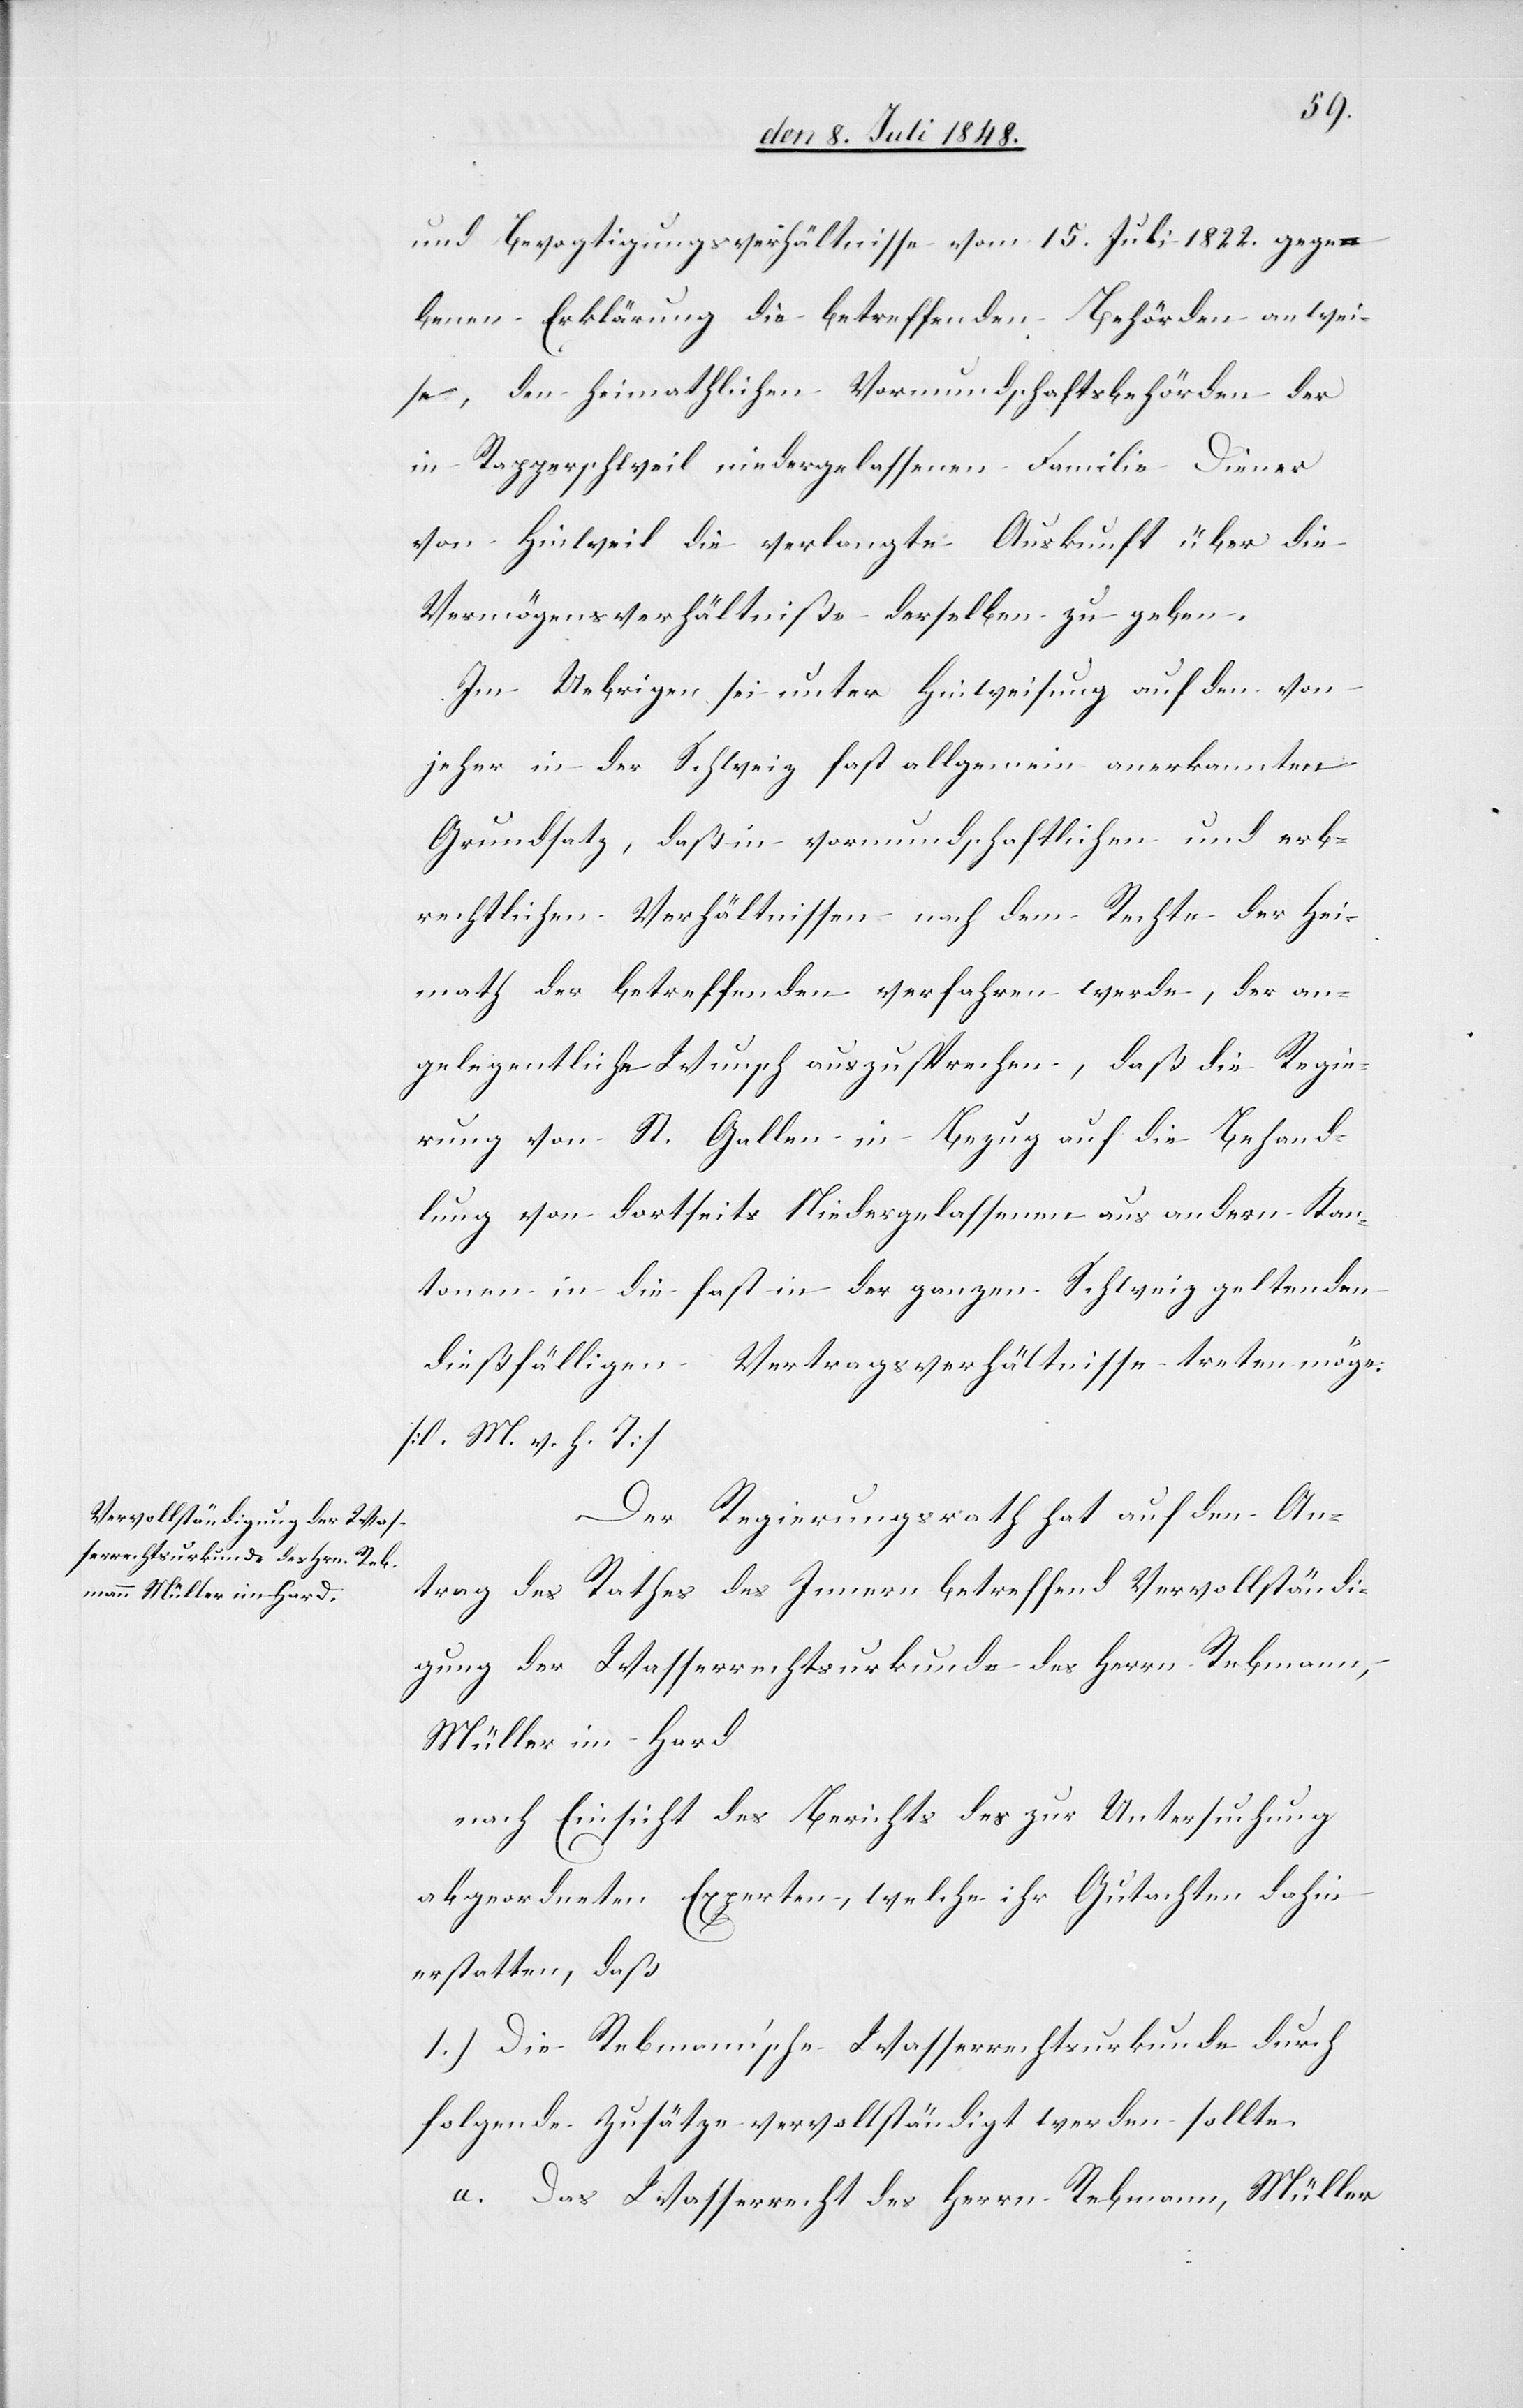
und Bevogtigungsverhältnisse vom 15t Juli 1822. gege¬
benen Erklärung die betreffenden Behörden anwei¬
se, den heimathlichen Vormundschaftsbehörden der
in Rapperschweil niedergelassenen Familie Diener
von Hinweil die verlangte Auskunft über die
Vermögensverhältniße derselben zu geben.
Im Uebrigen sei unter Hinweisung auf den von
jeher in der Schweiz fast allgemein anerkannten
Grundsatz, daß in vormundschaftlichen und erb¬
rechtlichen Verhältnissen nach dem Rechte der Hei¬
math der betreffenden verfahren werde, der an¬
gelegentliche Wunsch auszusprechen, daß die Regie¬
rung von St. Gallen in Bezug auf die Behand¬
lung von dortseits Niedergelassenen aus andern Kan¬
tonen in die fast in der ganzen Schweiz geltenden
dießfälligen Vertragsverhältnisse treten möge.
[l. M. v. h. T]
Der Regierungsrath hat auf den An¬
trag des Rathes des Innern betreffend Vervollständi¬
gung der Wasserrechtsurkunde des Herrn Rebmann,
Müller im Hard
nach Einsicht des Berichtes des zur Untersuchung
abgeordneten Experten, welche ihr Gutachten dahin
erstatten, daß
1.) Die Remann’sche Wasserrechtsurkunde durch
folgende Zusätze vervollständigt werden sollte.
a. Das Wasserrecht des Herrn Rebmann, Müller